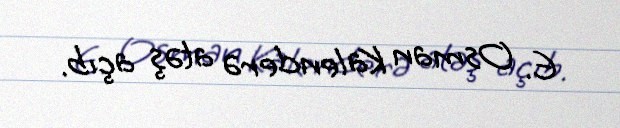
E. Osman Kalenderə atəş açıb.